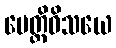
ပေတ္တိဝိသယေ